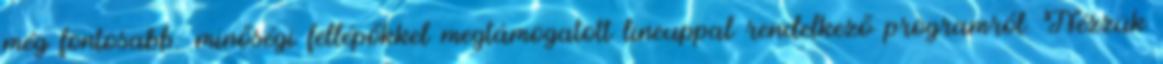
még fontosabb: minőségi fellépőkkel megtámogatott lineuppal rendelkező programról. Nézzük